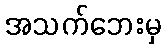
အသက်ဘေးမှ